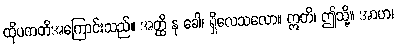
ထိုပကတိအကြောင်းသည်။ အတ္ထိ နု ခေါ၊ ရှိလေသလော။ ဣတိ၊ ဤသို့။ အာဟ၊